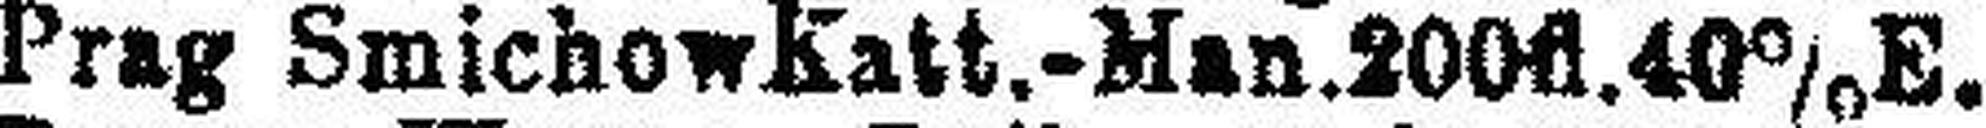
Prag Smichow Katt.-Man.200fl.40% E.